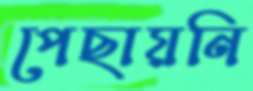
পেছায়নি